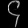
Digit: ၄